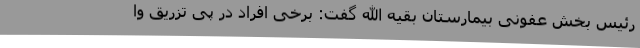
رئیس بخش عفونی بیمارستان بقیه الله گفت: برخی افراد در پی تزریق وا